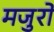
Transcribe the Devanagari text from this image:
मजुरो